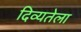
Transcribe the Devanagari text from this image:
दिव्यतेला